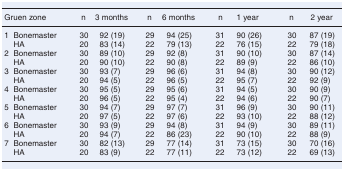
<table><thead><tr><td colspan="2"><b>Gruen zone</b></td><td><b>n</b></td><td><b>3 months</b></td><td><b>n</b></td><td><b>6 months</b></td><td><b>n</b></td><td><b>1 year</b></td><td><b>n</b></td><td><b>2 year</b></td></tr></thead><tbody><tr><td>1</td><td>Bonemaster</td><td>30</td><td>92 (19)</td><td>29</td><td>94 (25)</td><td>31</td><td>90 (26)</td><td>30</td><td>87 (19)</td></tr><tr><td></td><td>HA</td><td>20</td><td>83 (14)</td><td>22</td><td>79 (13)</td><td>22</td><td>76 (15)</td><td>22</td><td>79 (18)</td></tr><tr><td>2</td><td>Bonemaster</td><td>30</td><td>89 (10)</td><td>29</td><td>92 (8)</td><td>31</td><td>90 (10)</td><td>30</td><td>87 (14)</td></tr><tr><td></td><td>HA</td><td>20</td><td>90 (10)</td><td>22</td><td>90 (8)</td><td>22</td><td>89 (9)</td><td>22</td><td>86 (10)</td></tr><tr><td>3</td><td>Bonemaster</td><td>30</td><td>93 (7)</td><td>29</td><td>96 (6)</td><td>31</td><td>94 (8)</td><td>30</td><td>90 (12)</td></tr><tr><td></td><td>HA</td><td>20</td><td>94 (5)</td><td>22</td><td>96 (5)</td><td>22</td><td>95 (7)</td><td>22</td><td>92 (9)</td></tr><tr><td>4</td><td>Bonemaster</td><td>30</td><td>95 (5)</td><td>29</td><td>95 (6)</td><td>31</td><td>94 (5)</td><td>30</td><td>90 (9)</td></tr><tr><td></td><td>HA</td><td>20</td><td>96 (5)</td><td>22</td><td>95 (4)</td><td>22</td><td>94 (6)</td><td>22</td><td>90 (7)</td></tr><tr><td>5</td><td>Bonemaster</td><td>30</td><td>94 (7)</td><td>29</td><td>97 (7)</td><td>31</td><td>96 (9)</td><td>30</td><td>90 (11)</td></tr><tr><td></td><td>HA</td><td>20</td><td>97 (5)</td><td>22</td><td>97 (6)</td><td>22</td><td>93 (10)</td><td>22</td><td>88 (12)</td></tr><tr><td>6</td><td>Bonemaster</td><td>30</td><td>93 (9)</td><td>29</td><td>94 (8)</td><td>31</td><td>94 (9)</td><td>30</td><td>89 (11)</td></tr><tr><td></td><td>HA</td><td>20</td><td>94 (7)</td><td>22</td><td>86 (23)</td><td>22</td><td>90 (10)</td><td>22</td><td>88 (9)</td></tr><tr><td>7</td><td>Bonemaster</td><td>30</td><td>82 (13)</td><td>29</td><td>77 (14)</td><td>31</td><td>73 (15)</td><td>30</td><td>70 (16)</td></tr><tr><td></td><td>HA</td><td>20</td><td>83 (9)</td><td>22</td><td>77 (11)</td><td>22</td><td>73 (12)</td><td>22</td><td>69 (13)</td></tr></tbody></table>